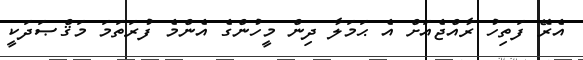
އެރޭ ފަތިހު ރާއްޖެއަށް އެ ޙަމަލާ ދިން މީހުންގެ އެންމެ ފުރަތަމަ މަޤްޞަދަކީ